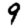
Digit: 9